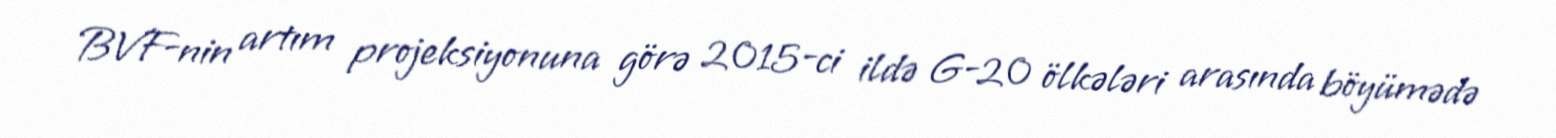
BVF-nin artım projeksiyonuna görə 2015-ci ildə G-20 ölkələri arasında böyümədə